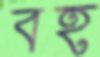
বহ